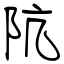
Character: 阬